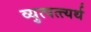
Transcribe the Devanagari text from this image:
व्युत्पत्त्यर्थ